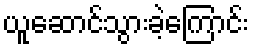
ယူဆောင်သွားခဲ့ကြောင်း